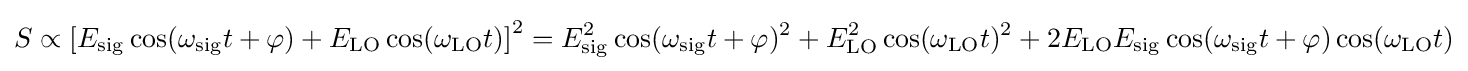
S\propto \left[E_{\mathrm {sig} }\cos(\omega _{\mathrm {sig} }t+\varphi )+E_{\mathrm {LO} }\cos(\omega _{\mathrm {LO} }t)\right]^{2}=E_{\mathrm {sig} }^{2}\cos(\omega _{\mathrm {sig} }t+\varphi )^{2}+E_{\mathrm {LO} }^{2}\cos(\omega _{\mathrm {LO} }t)^{2}+2E_{\mathrm {LO} }E_{\mathrm {sig} }\cos(\omega _{\mathrm {sig} }t+\varphi )\cos(\omega _{\mathrm {LO} }t)